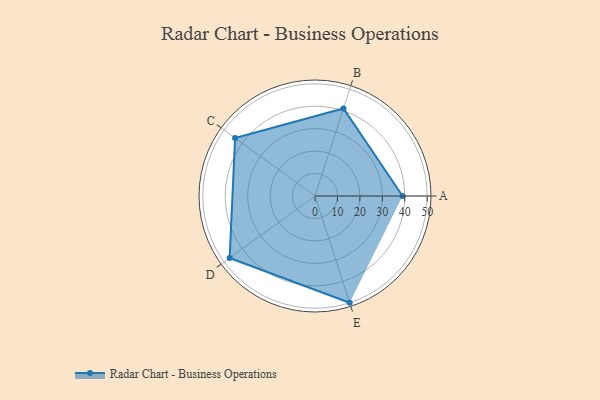
{"axis": {"x": "Skill", "y": "Score"}, "legend": ["Profile"], "data": [{"x": "A", "y": 39.0, "type": "Profile"}, {"x": "B", "y": 41.0, "type": "Profile"}, {"x": "C", "y": 44.0, "type": "Profile"}, {"x": "D", "y": 47.0, "type": "Profile"}, {"x": "E", "y": 50.0, "type": "Profile"}]}